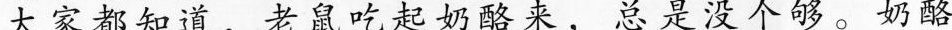
大家都知道，老鼠吃起奶酪来，总是没个够。奶酪